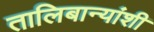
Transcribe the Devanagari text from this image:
तालिबान्यांशी